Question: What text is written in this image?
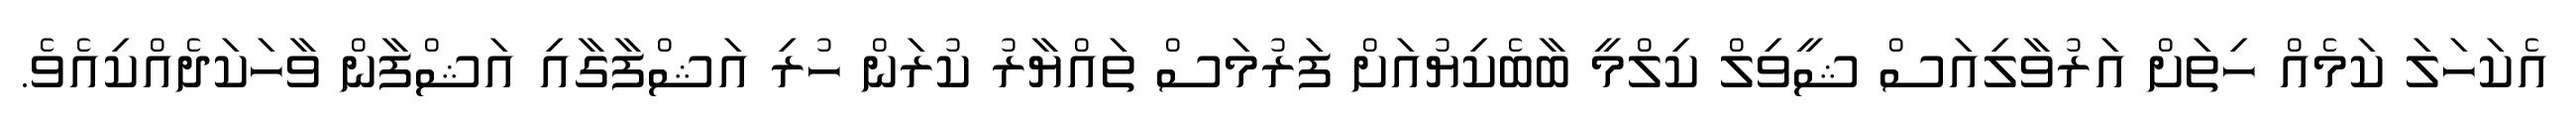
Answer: އެކަހަލަ ކަމެއް ހިތަށް އަރުވާލިއަސް ޝީވިލް ކިލްމީ ބާބެކިޔުއަށް ފަރުމަސް ތައްޔާރު ކުރަން ހުރި އަޝްފާގާއި އަޝްފާން ވާހަކަދެއްކިއެވެ.